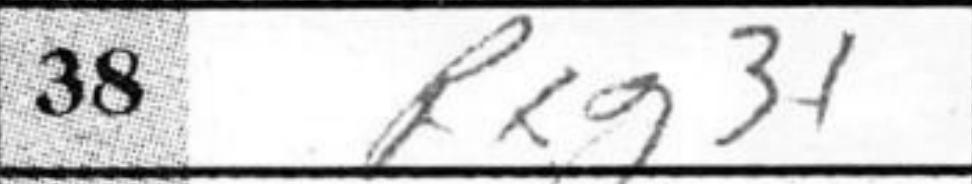
Transcription: Rxg3+